Indian journal of veterinary science and animal husbandry - Volumes 15-17, 1948-1951
Year: 1948
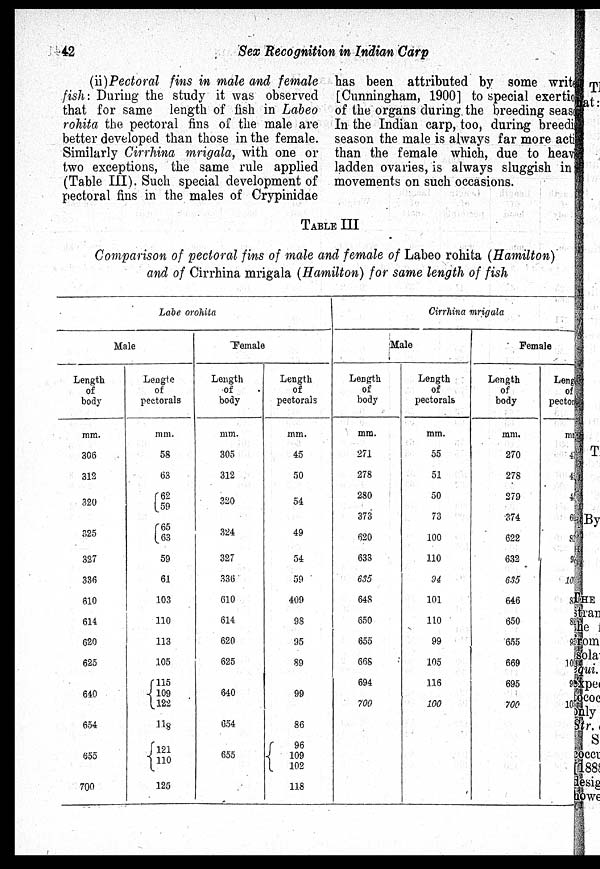
42
Sex Recognition in Indian Carp
(ii) Pectoral fins in male and female
fish: During the study it was observed
that for same length of fish in Labeo
rohita the pectoral fins of the male are
better developed than those in the female.
Similarly Cirrhina mrigala, with one or
two exceptions, the same rule applied
(Table III). Such special development of
pectoral fins in the males of Crypinidae
has been attributed by some write
[Cunningham, 1900] to special exertio
of the organs during the breeding season
In the Indian carp, too, during breeding
season the male is always far more active
than the female which, due to heaving
ladden ovaries, is always sluggish in
movements on such occasions.
TABLE III
Comparison of pectoral fins of male and female of Labeo rohita (Hamilton)
and of Cirrhina mrigala (Hamilton) for same length of fish
Lobe orohita
Male
Length
of
body
mm.
306
312
320
325
327
336
610
614
620
625
640
654
655
700
Lengte
of
pectorals
mm.
58
63
62
59
65
63
59
61
103
110
113
105
115
109
122
118
121
110
125
Female
Length
of
body
mm.
305
312
320
324
327
336
610
614
620
625
640
654
655
Length
of
pectorals
mm.
45
50
54
49
54
59
409
98
95
89
99
86
96
109
102
118
Cirrhina mrigala
Male
Length
of
body
mm.
271
278
280
373
620
633
635
648
650
655
668
694
700
Length
of
pectorals
mm.
55
51
50
73
100
110
94
101
110
99
105
116
100
Female
Length
of
body
mm.
270
278
279
374
622
632
635
646
650
655
669
695
700
Length
of
pectorals
mm.
4
4
4
6
8
9
10
8
8
8
10
9
10